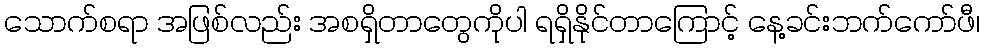
သောက်စရာ အဖြစ်လည်း အစရှိတာတွေကိုပါ ရရှိနိုင်တာကြောင့် နေ့ခင်းဘက်ကော်ဖီ၊